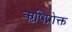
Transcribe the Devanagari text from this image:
ऋषिप्रोक्त